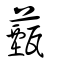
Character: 薽